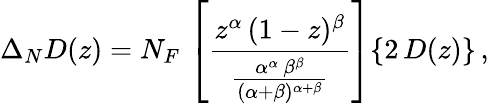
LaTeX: \Delta_{N}D(z)=N_{F}\, \left[\frac{z^{\alpha}\, (1-z)^{\beta}}{\frac{\alpha^{\alpha}\, \beta^{\beta}}{(\alpha+\beta)^{\alpha+\beta}}}\right]\{ 2\, D(z)\} \, ,